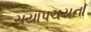
ચયાપચયના